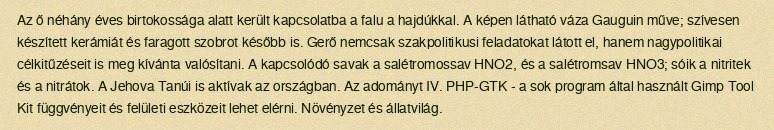
Az ő néhány éves birtokossága alatt került kapcsolatba a falu a hajdúkkal. A képen látható váza Gauguin műve; szívesen készített kerámiát és faragott szobrot később is. Gerő nemcsak szakpolitikusi feladatokat látott el, hanem nagypolitikai célkitűzéseit is meg kívánta valósítani. A kapcsolódó savak a salétromossav HNO2, és a salétromsav HNO3; sóik a nitritek és a nitrátok. A Jehova Tanúi is aktívak az országban. Az adományt IV. PHP-GTK - a sok program által használt Gimp Tool Kit függvényeit és felületi eszközeit lehet elérni. Növényzet és állatvilág.